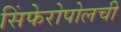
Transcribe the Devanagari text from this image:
सिंफेरोपोलची